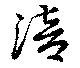
涪